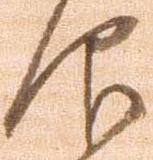
仰